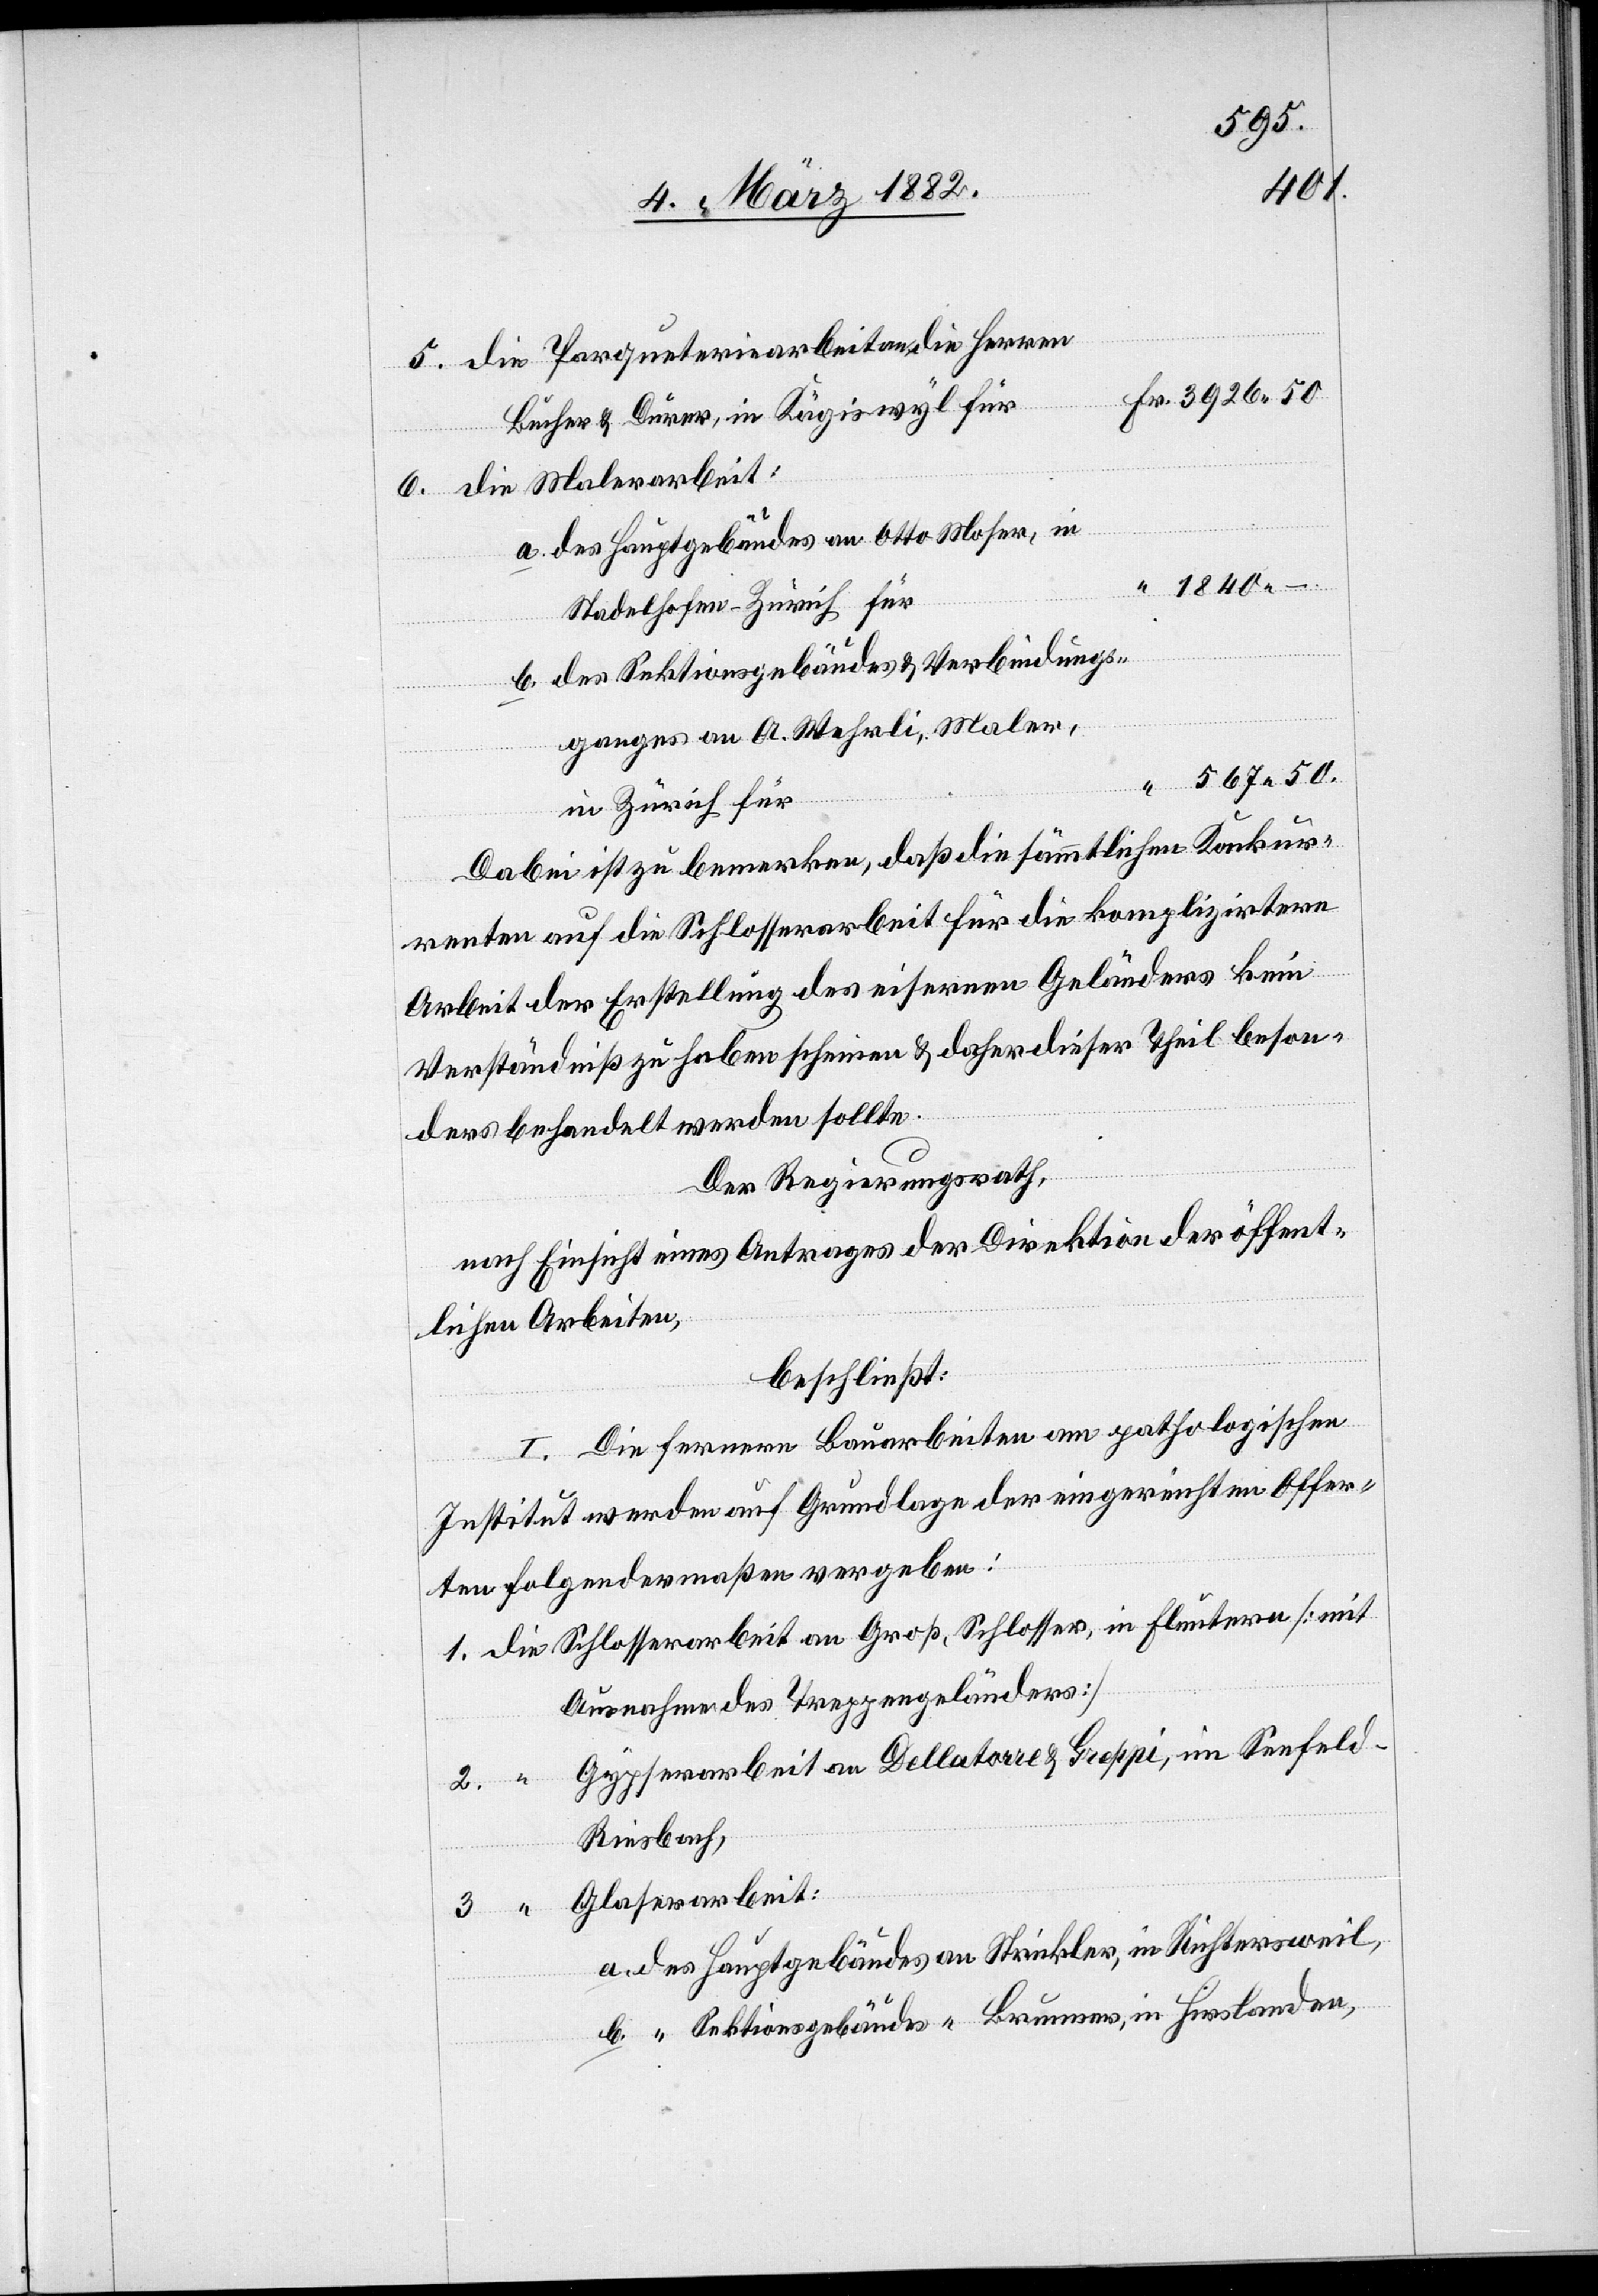
die Parqueteriearbeit an die Herren
Bucher & Durer, in Kägiswyl für
die Malerarbeit:
des Hauptgebäudes an Otto Moser, in
1840
–.
Stadelhofen - Zürich für
des Sektionsgebäudes & Verbindungs¬
ganges an A. Wehrli, Maler,
567 50.
in Zürich für
Dabei ist zu bemerken, daß die sämmtlichen Konkur¬
renten auf die Schlosserarbeit für die komplizirtere
3.
Arbeit der Erstellung des eisernen Geländers kein
Verständniß zu haben scheinen & daher dieser Theil beson¬
ders behandelt werden sollte.
Der Regierungsrath,
nach Einsicht eines Antrages der Direktion der öffent¬
lichen Arbeiten,
beschließt:
I. Die fernern Bauarbeiten am pathologischen
Institut werden auf Grundlage der eingereichten Offer¬
ten folgendermaßen vergeben:
Ausnahme des Treppengeländers]
Gypserarbeit an Dellatore & Greppi, im Seefeld -
Riesbach,
Glaserarbeit:
a. des Hauptgebäudes an Strickler, in Richtersweil,
b. “ Sektionsgebäudes “ Brunner, in Hirslanden,